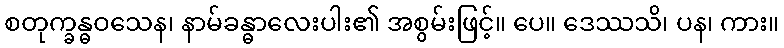
စတုက္ခန္ဓဝသေန၊ နာမ်ခန္ဓာလေးပါး၏ အစွမ်းဖြင့်။ ပေ။ ဒေဿသိ၊ ပန၊ ကား။